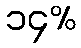
၁၄%